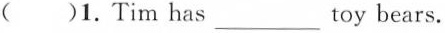
( )1.Tim has ___ toy bears.